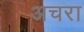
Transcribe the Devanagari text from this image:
अचरा